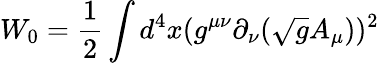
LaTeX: W_{0}=\frac{1}{2}\int d^{4}x(g^{\mu\nu}\partial_{\nu}(\sqrt{g}A_{\mu}))^{2}